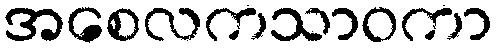
အစေလကသာဝကာ